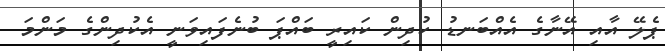
ޕެލޭ އާއި އޭނާގެ އެއްބަނޑު ކުދިން ކައިރީ ބައްޕަ ބުނެފައިވަނީ އެކުދިންގެ މަންމަ